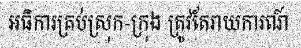
អធិការគ្រប់ស្រុក-ក្រុង ត្រូវតែរាយការណ៍